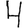
Digit: 4